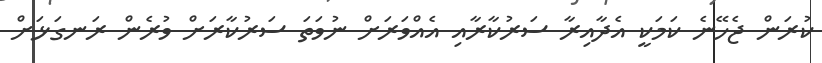
ކުރަން ޖެހޭނެ ކަމަކީ އެދާއިރާ ސަރުކާރާއި އެއްވަރަށް ނުވަތަ ސަރުކާރަށް ވުރެން ރަނގަޅަށް